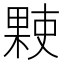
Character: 𬃻